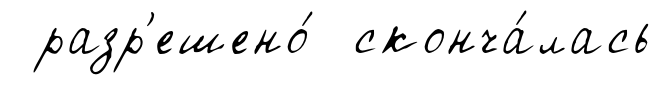
разр'ешено́ сконча́лась